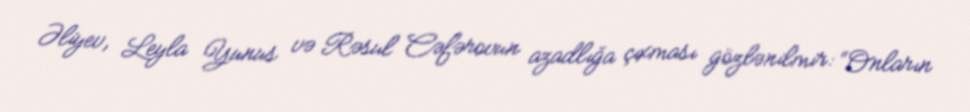
Əliyev, Leyla Yunus və Rəsul Cəfərovun azadlığa çıxması gözlənilmir: “Onların